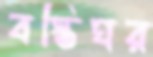
বস্তিঘর